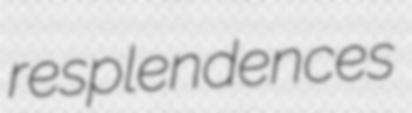
resplendences